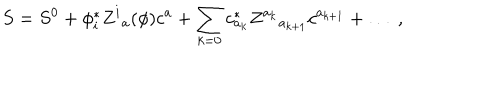
S = S ^ { 0 } + \phi _ { i } ^ { * } Z ^ { i } { } _ { a } ( \phi ) c ^ { a } + \sum _ { k = 0 } c _ { a _ { k } } ^ { * } Z ^ { a _ { k } } { } _ { a _ { k + 1 } } c ^ { a _ { k + 1 } } + \ldots \ ,